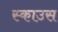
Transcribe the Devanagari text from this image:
स्काउस